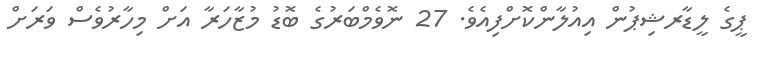
ޕީގެ ލީޑާރޝިޕުން އިއުލާންކޮށްފިއެވެ. 27 ނޮވެމްބަރުގެ ބޮޑު މުޒާހަރާ އަށް މިހާރުވެސް ވަރަށް